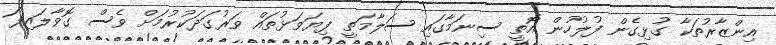
އިންޒާރުތަކާ ގުޅިގެން ފުލުހުން އޮތީ ސިނަމާގައި ސަލާމަތީ ފިޔަވަޅުތައް ވަރުގަދަކުރުމަށް ވެސް ގޮވާލައިފަ